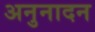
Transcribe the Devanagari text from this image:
अनुनादन